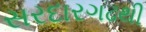
સરદારગઢથી